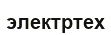
электртех